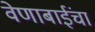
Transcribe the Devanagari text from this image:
वेणाबाईंचा